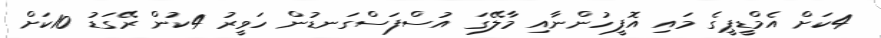
4ކަށް އެމްޑީޕީގެ މައި އޮފީހުންނާއި މާލޭގަ އުސްފަސްގަނޑުން ހަވީރު 4ކުން ރޭގަޑު 10ކަށް